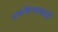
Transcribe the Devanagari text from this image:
रावबिण्यासाठी